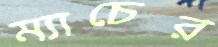
ম্যাচের